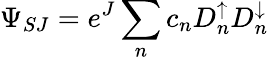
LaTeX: \Psi_{SJ}=e^{J}\sum_{n}c_{n}D_{n}^{\uparrow}D_{n}^{\downarrow}